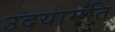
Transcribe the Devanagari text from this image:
उदयामति